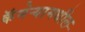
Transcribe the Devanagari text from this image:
कॅमेऱ्यामधील